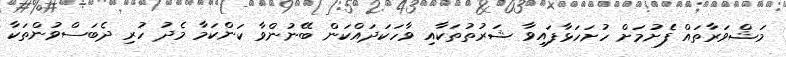
މަޝްވަރާތައް ފެށުމަށް ހުށަހަޅާފައިވާ ޝަރުތުތަކާއި ވާހަކަދައްކަން ބޭނުންވާ ކަންކަމާ މެދު ހުރި ދެބަސްވުންތަކާ